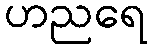
ဟညရေ